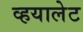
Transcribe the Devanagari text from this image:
व्हयालेट